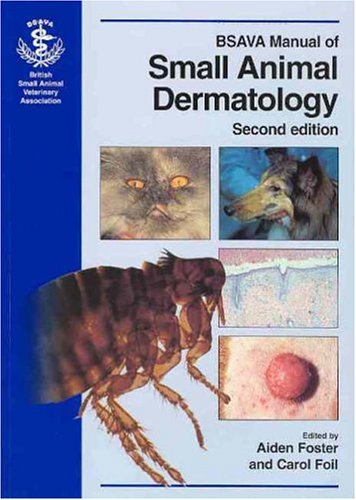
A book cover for BSAVA Manual of Small Animal Dermatology; Medical Books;